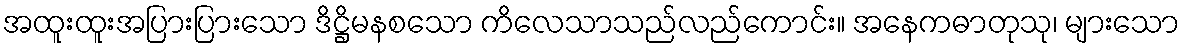
အထူးထူးအပြားပြားသော ဒိဋ္ဌိမနစသော ကိလေသာသည်လည်ကောင်း။ အနေကဓာတုသု၊ များသော